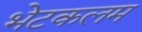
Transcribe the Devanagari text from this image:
भेटकलम